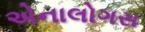
એનાલોગસ